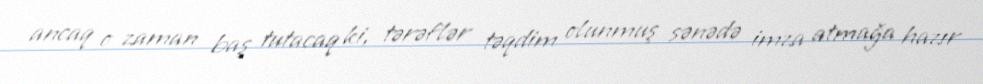
ancaq o zaman baş tutacaq ki, tərəflər təqdim olunmuş sənədə imza atmağa hazır